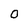
Character: O